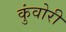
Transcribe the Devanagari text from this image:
कुंवोरी